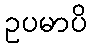
ဥပမာပိ